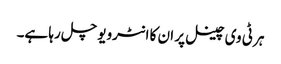
ہر ٹی وی چینل پر ان کا انٹرویو چل رہا ہے۔